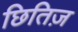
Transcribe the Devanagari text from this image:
छितिज़